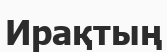
Ирақтың